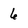
Character: 6